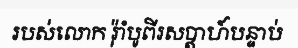
របស់លោក រ៉ុាំបូពីរសប្តាហ៍បន្ទាប់